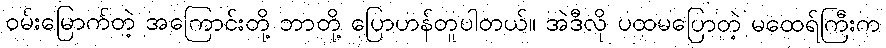
ဝမ်းမြောက်တဲ့ အကြောင်းတို့ ဘာတို့ ပြောဟန်တူပါတယ်။ အဲဒီလို ပထမပြောတဲ့ မထေရ်ကြီးက